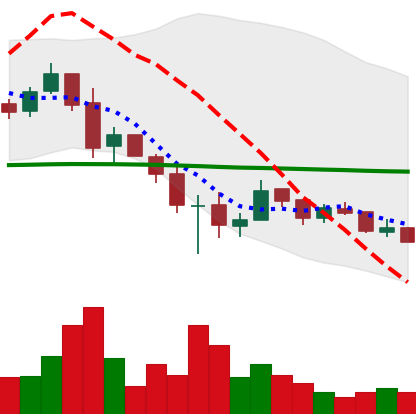
Ticker: XRP-USD
Chart end date: 2018-12-05
Forward return: -10.193%
Label: down_7plus